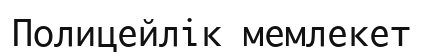
Полицейлік мемлекет